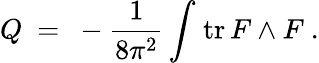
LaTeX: Q\ =\ -\frac{1}{8\pi^{2}}\int\! \; \textrm{tr}\, F\wedge F\ .